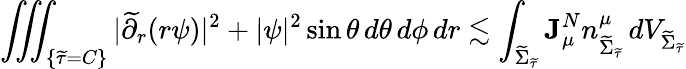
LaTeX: \iiint_{\{ {\widetilde{\tau}}=C\} }|\widetilde{\partial}_{r}(r\psi)|^{2}+|\psi|^{2}\sin\theta\, d\theta\, d\phi\, dr\lesssim\int_{{\widetilde{\Sigma}_{\widetilde{\tau}}}}\mathbf{J}_{\mu}^{N}n_{{\widetilde{\Sigma}_{\widetilde{\tau}}}}^{\mu}\, dV_{{\widetilde{\Sigma}_{\widetilde{\tau}}}}